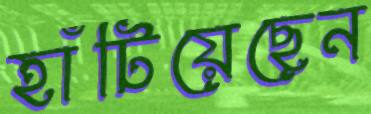
হাঁটিয়েছেন